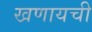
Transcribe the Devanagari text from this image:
खणायची